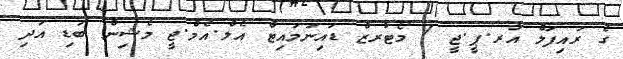
ގެ ރައިފަލް އާރ.ޕީ.ޖީ 7 މޯޓާރޒް ޑައިނަމައިޓް އެލް.އެމް.ޖީ މެޝިން ބަޑި އަދި